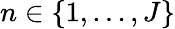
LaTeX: n\in\{ 1,\dots,J\}